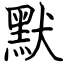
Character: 默